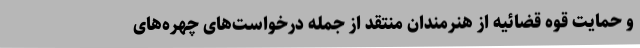
و حمایت قوه قضائیه از هنرمندان منتقد از جمله درخواست‌های چهره‌های